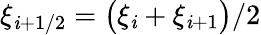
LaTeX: \displaystyle\xi_{\mathit{i}+1/2}=\big(\xi_{\mathit{i}}+\xi_{\mathit{i}+1}\big)/2